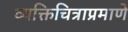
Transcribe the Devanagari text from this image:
व्यक्तिचित्राप्रमाणे